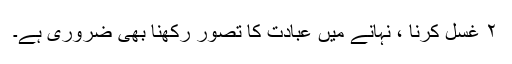
۲ غسل کرنا ، نہانے میں عبادت کا تصور رکھنا بھی ضروری ہے۔